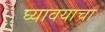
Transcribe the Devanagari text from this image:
घ्‍यावयाचा